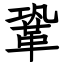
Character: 鞏